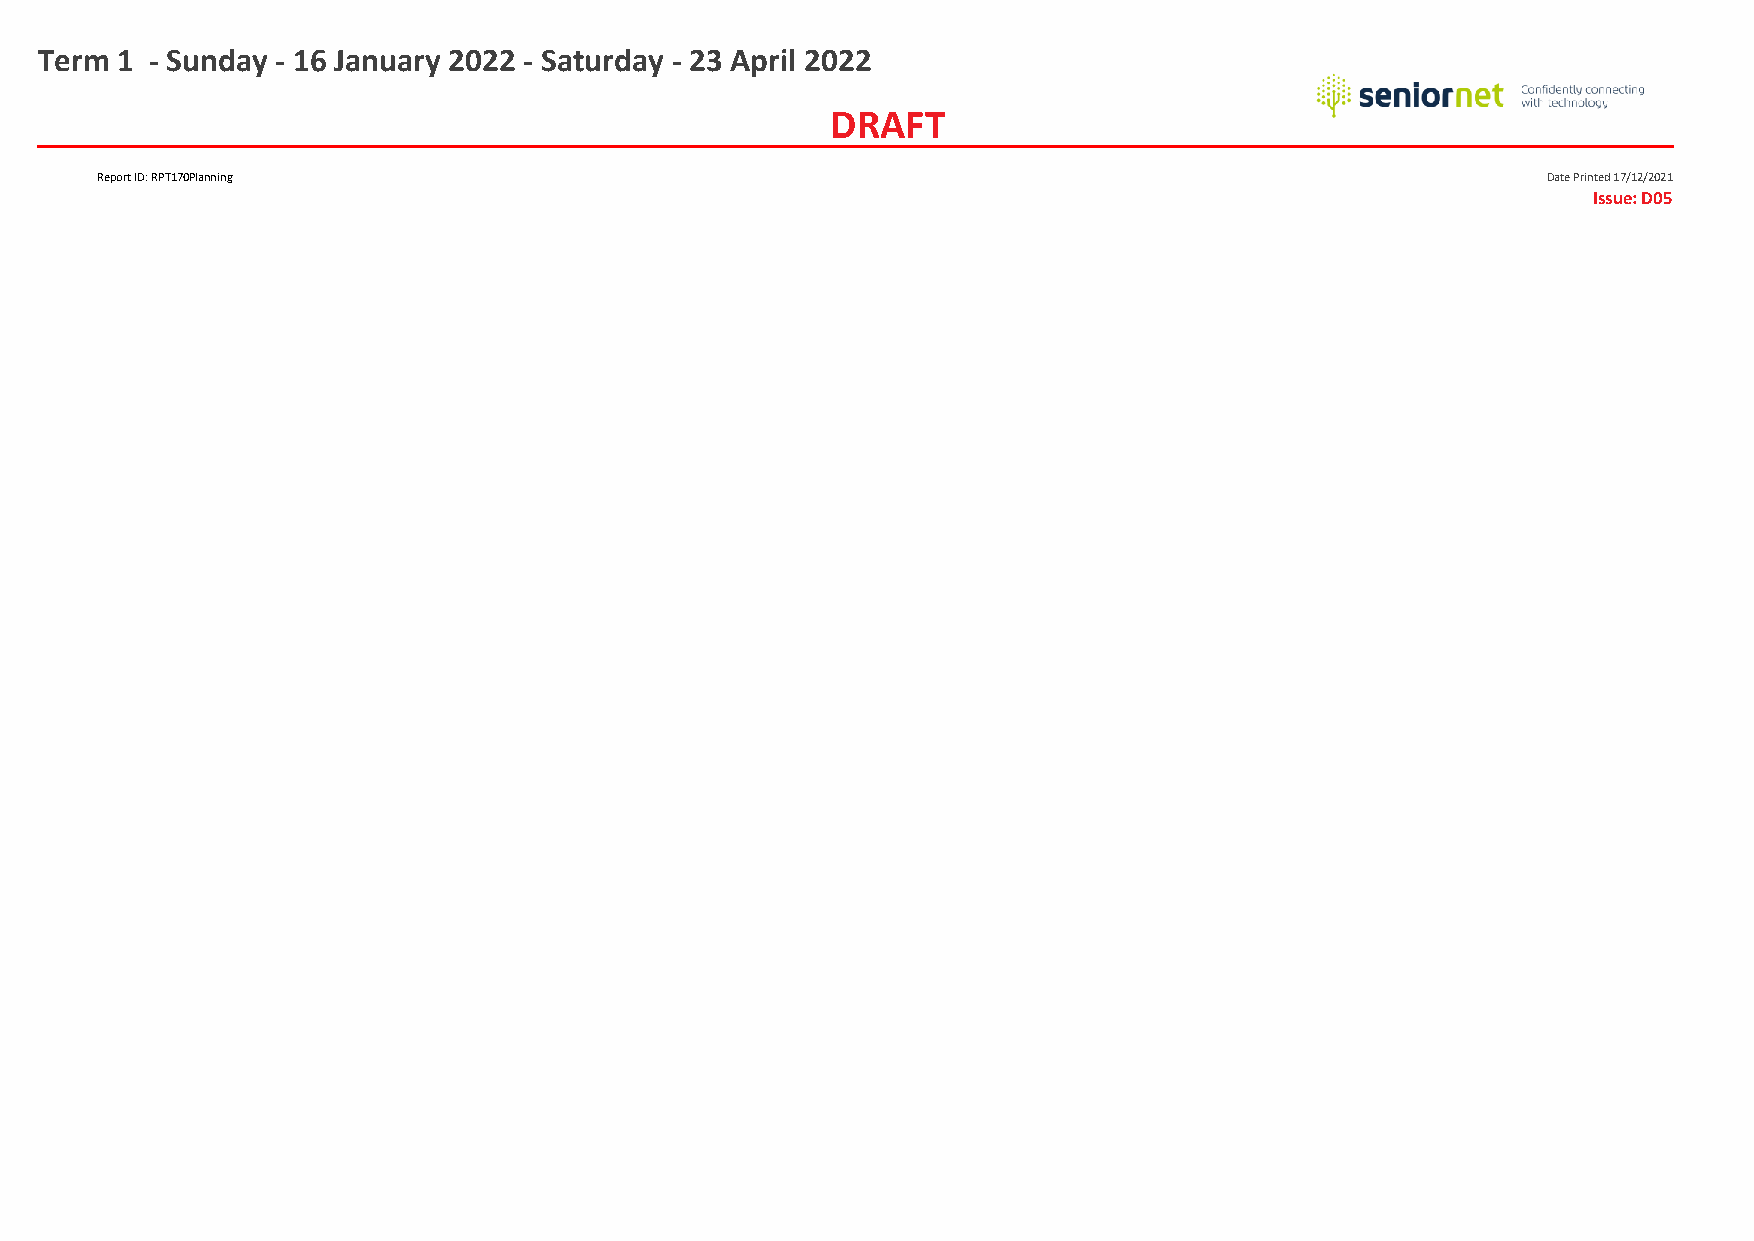
Term 1 - Sunday - 16 January 2022 - Saturday - 23 April 2022
 DRAFT
 Report ID: RPT170Planning                                                                       Date Printed 17/12/2021
 Issue: D05